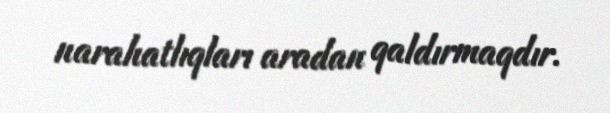
narahatlıqları aradan qaldırmaqdır.